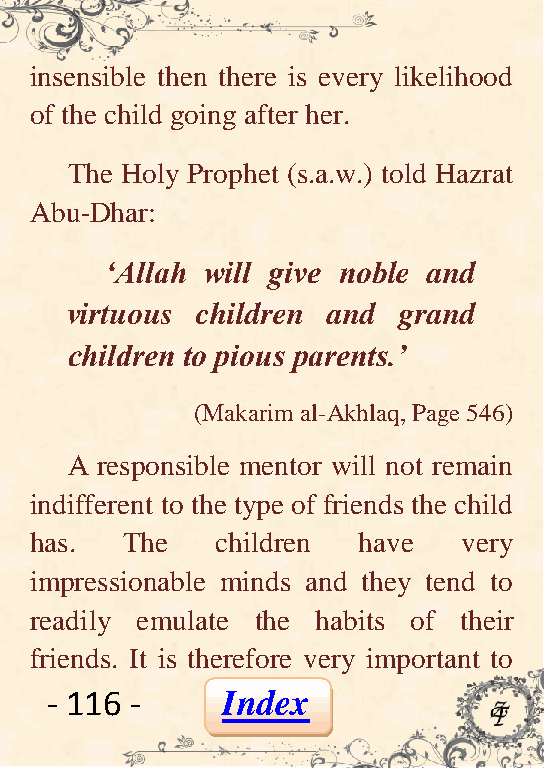
insensible then there is every likelihood
 of the child going after her.
 The Holy Prophet (s.a.w.) told Hazrat
 Abu-Dhar:
 „Allah will give noble and
 virtuous children and grand
 children to pious parents.‟
 (Makarim al-Akhlaq, Page 546)
 A responsible mentor will not remain
 indifferent to the type of friends the child
 has.  The   children  have   very
 impressionable minds and they tend to
 readily emulate the habits of their
 friends. It is therefore very important to
 - 116 -     Index